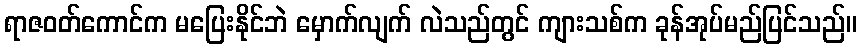
ရာဇဝတ်ကောင်က မပြေးနိုင်ဘဲ မှောက်လျက် လဲသည်တွင် ကျားသစ်က ခုန်အုပ်မည်ပြင်သည်။